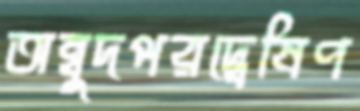
অম্বুদপরদ্বেষিণ